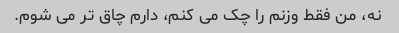
نه، من فقط وزنم را چک می کنم، دارم چاق تر می شوم.